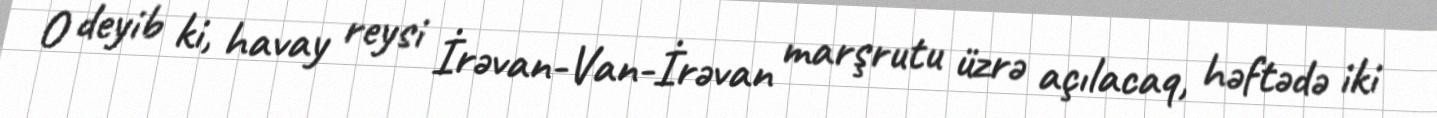
O deyib ki, havay reysi İrəvan-Van-İrəvan marşrutu üzrə açılacaq, həftədə iki